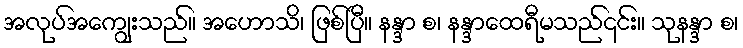
အလုပ်အကျွေးသည်။ အဟောသိ၊ ဖြစ်ပြီ။ နန္ဒာ စ၊ နန္ဒာထေရီမသည်၎င်း။ သုနန္ဒာ စ၊